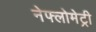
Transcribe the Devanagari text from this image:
नेफ्लोमेट्री